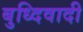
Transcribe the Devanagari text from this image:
बुध्दिवादी